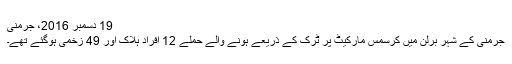
19 دسمبر 2016، جرمنی
جرمنی کے شہر برلن میں کرسمس مارکیٹ پر ٹرک کے ذریعے ہونے والے حملے 12 افراد ہلاک اور 49 زخمی ہوگئے تھے۔